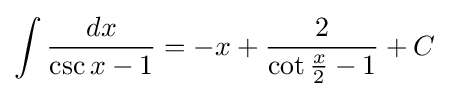
\int {\frac {dx}{\csc {x}-1}}=-x+{\frac {2}{\cot {\frac {x}{2}}-1}}+C